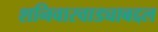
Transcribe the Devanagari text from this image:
शनिवारवाड्याबद्दल